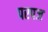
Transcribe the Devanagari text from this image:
परपज